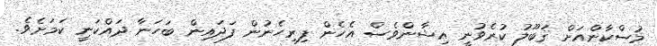
މުސްކާންއަށް ޤަބޫލު ކުރެވުނީ އިޝާންވެސް އެހެން ފިރިހެނުން ފަދައިން ބަހަނާ ދައްކަނީ ކަމަށެވެ.